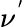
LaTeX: \nu^{'}